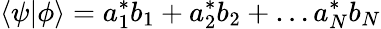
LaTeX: \langle\psi|\phi\rangle=a_{1}^{*}b_{1}+a_{2}^{*}b_{2}+\ldots a_{N}^{*}b_{N}